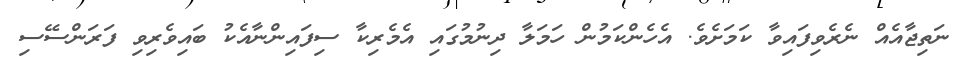
ނަތިޖާއެއް ނެރެވިފައިވާ ކަމަށެވެ. އެހެންކަމުން ހަމަލާ ދިނުމުގައި އެމެރިކާ ސިފައިންނާއެކު ބައިވެރިވި ފަރަންސޭސި